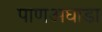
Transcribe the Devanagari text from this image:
पाणअघाडा